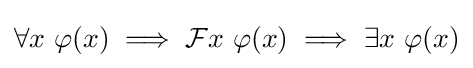
\forall x\ \varphi (x)\implies {\mathcal {F}}x\ \varphi (x)\implies \exists x\ \varphi (x)